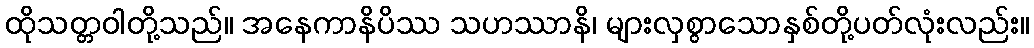
ထိုသတ္တဝါတို့သည်။ အနေကာနိပိဿ သဟဿာနိ၊ များလှစွာသောနှစ်တို့ပတ်လုံးလည်း။